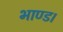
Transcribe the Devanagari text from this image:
भाण्ड।